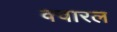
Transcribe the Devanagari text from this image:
क्वारल